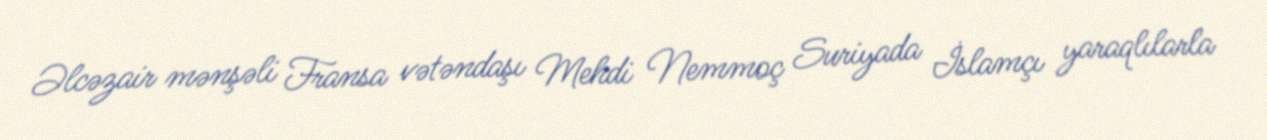
Əlcəzair mənşəli Fransa vətəndaşı Mehdi Nemmoç Suriyada İslamçı yaraqlılarla